Vaccination in Bombay 1874-1876 - 1874-1876
Year: 1874
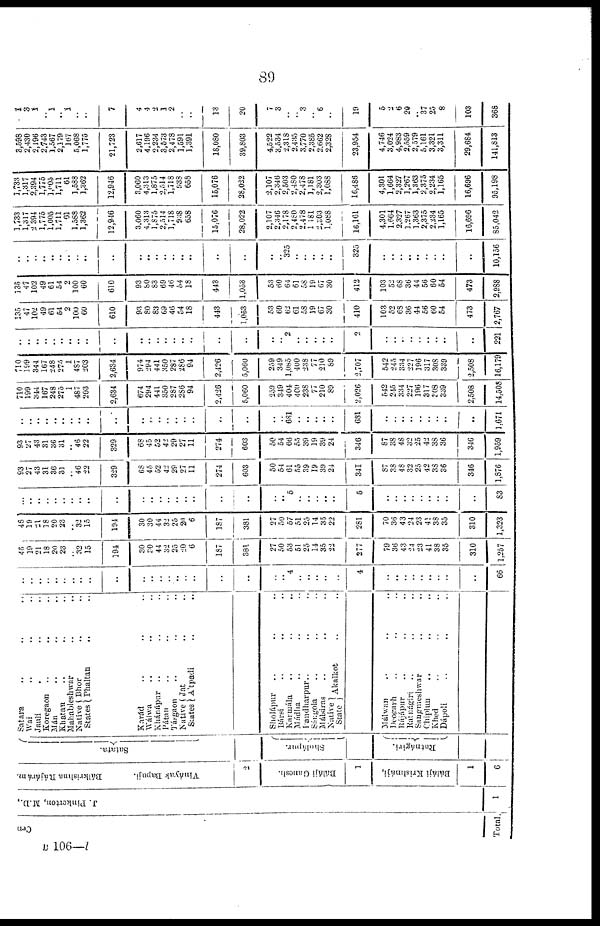
89
Cen
Total.
J. Pinkerton, M.D.,
1
Bálkrishna Rájarám.
Vináyak Bapuji.
2
Báláji Ganesh.
1
Báláji Krishnáji,
1
6
Satara.
Sholápur.
Ratnágiri.
Satara .. .. ..
Wai .. .. ..
Jauli .. .. ..
Koregaon .. .. ..
Mán .. .. ..
Khatan .. .. ..
Mahableshwar .. ..
Native
States Bhor .. ..
Phaltan .. ..
Karád .. .. ..
Wálwa .. .. ..
Khánápur .. .. ..
Pátan .. .. ..
Tásgaon .. .. ..
Native
States
Jat .. ..
Atpadi .. ..
Sholápur .. .. ..
Bársi .. .. ..
Karmála .. .. ..
Mádha .. .. ..
Pandharpur.. .. ..
Sángola .. .. ..
Málsiras .. .. ..
Native
State Akalkot .. ..
Málwan .. .. ..
Deogarh .. .. ..
Rájápur .. .. ..
Ratnágiri .. .. ..
Sangmeshwar .. ..
Chiplun .. .. ..
Khed .. .. ..
Dápoli .. .. ..
..
..
..
..
..
..
..
..
..
..
..
..
..
..
..
..
..
..
..
..
..
4
..
..
..
..
..
4
..
..
..
..
..
..
..
..
..
66
46
19
21
18
20
23
..
..
15
194
30
30
44
32
25
20
6
187
381
27
50
53
51
25
14
35
22
277
79
36
43
24
23
41
38
35
310
1,257
48
19
21
18
20
23
..
..
15
194
30
30
44
32
25
20
6
187
381
27
50
57
51
25
14
35
22
281
70
36
43
24
23
41
38
35
310
1,323
..
..
..
..
..
..
..
..
..
..
..
..
..
..
..
..
..
..
..
..
..
5
..
..
..
..
..
5
..
..
..
..
..
..
..
..
..
83
93
27
43
31
36
31
.. 46
22
329
68
45
52
42
29
27
11
274
603
50
54
61
55
39
19
39
24
341
87
38
48
32
25
42
38
36
346
1,876
93
27
43
31
36
31
.. 46
22
329
68
45
52
42
29
27
11
274
603
50
54
66
55
39
19
39
24
346
87
38
48
32
25
42
38
36
346
1,959
..
..
..
..
..
..
..
..
..
..
..
..
..
..
..
..
..
..
..
..
.. 681
..
..
..
..
..
681
..
..
..
..
..
..
..
..
..
1,671
710
199
344
167
248
275
1
487
263
2,634
674
294
441
350
287
286
94
2,426
5,060
259
349
404
400
238
77 210
89
2,026
542
245
334
227
196
317
308
339
2,508
14,508
710
199
344
167
248
275
1
487
203
2,634
974
294
441
350
287
286
94
2,426
5,060
259
349
1,085
400
238
77
210
89
2,707
542
245
334
227
196
317
308
339
2,508
16,179
..
..
..
..
..
..
..
..
..
..
..
..
..
..
..
..
..
..
..
..
.. 2
..
..
..
..
..
2
..
..
..
..
..
..
..
..
..
221
135
47
102
49
61
54
.. 100
60
610
93
80
83
69
46
54
18
443
1,053
53
60
62
61
58
19
67
30
410
103
52
68
36
44
56
60
54
473
2,767
135
47
102
49
61
54
.. 100
60
610
93
80 83
69
46
54
18
443
1,053
53
60
64
61
58
19
67
30
412
103
52
68
36
44
56
60
54
473
2,988
..
..
..
..
..
..
..
..
..
..
..
..
..
..
..
..
..
..
..
..
.. 325
..
..
..
..
..
325
..
..
..
..
..
..
..
..
..
10,156
1,733
1,317
2 394
1,775
1,005
1,711
61
1,588
1,362
12,946
3,060
4,313
1,875
2,514
1,718
938
658
15,076
28,022
2,107
2,346
2,178
2,480
2,478
1,181
2,303
1,088
16,161
4,301
1,664
2,327
1,267
1,363
2,375
2,234
1,165
16,696
85,042
1,733
1,317
2,394
l,775
1,005
1,711
61
1,588
1,362
12,946
3,060
4,313 1,875
2,514
1,718
938
658
15,076
28,022
2,107
2,346
2,503
2,480
2,478
1,181
2,303
1,088
16,486
4,301
1,664
2,327
1,267
1,363
2,375
2,234
1,165
16,696
95,198
8,598
2,430
2,196
2,743
1,567
2,179
167
5,068
1,775
21,723
2,617
4,196
2,234
3,573
2,478
1,591
1,391
18,080
39,803
4,522
3,534
2,318
2,435
3,770
2,385
2,662
2,328
23,954
4,746
3,024
4,983
2,559
2,579
5,161
3,321
3,311
29,684
141,813
1
3
1
.. 1
.. 1
..
..
7
4
4
2
1
2
..
..
13
20
7
3
..
.. 3
.. 6
..
19
5
2
6
20
..
37
25
8
103
368
B 106 —l